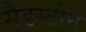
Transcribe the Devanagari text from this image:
सैडस्टोन